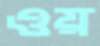
ওয়